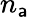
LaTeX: n_{\mathsf{a}}